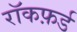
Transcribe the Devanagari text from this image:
रॉकफ़र्ड